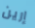
إرين